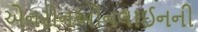
એનરોનઓનલાઈનની